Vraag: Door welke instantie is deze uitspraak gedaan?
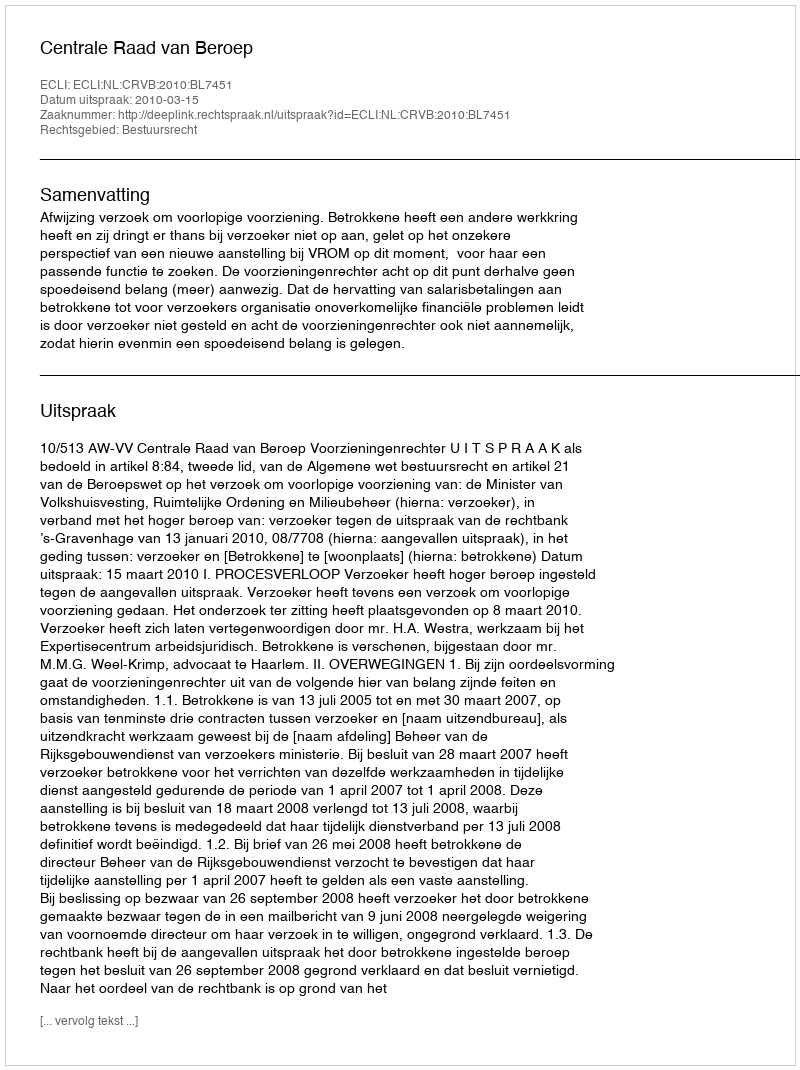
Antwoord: Centrale Raad van Beroep